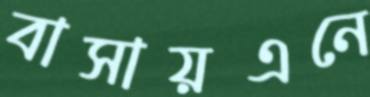
বাসায়এনে